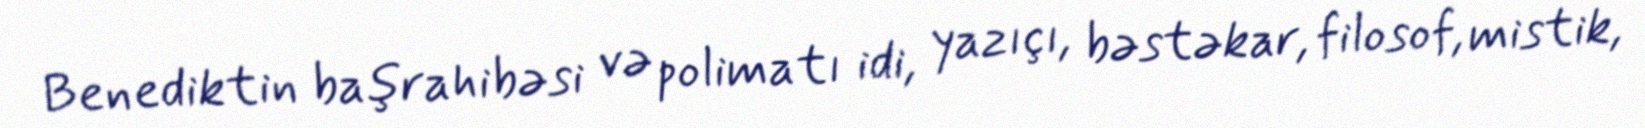
Benediktin başrahibəsi və polimatı idi, yazıçı, bəstəkar, filosof, mistik,